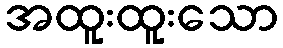
အထူးထူးသော